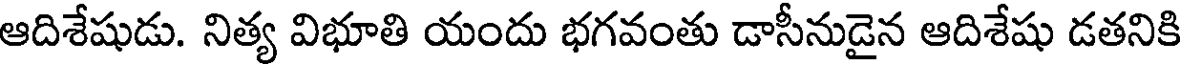
ఆదిశేషుడు. నిత్య విభూతి యందు భగవంతు డాసీనుడైన ఆదిశేషు డతనికి